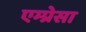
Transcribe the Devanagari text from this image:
एम्प्रेसा